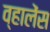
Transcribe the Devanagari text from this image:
व्हालेंस